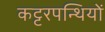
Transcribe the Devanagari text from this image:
कट्टरपन्थियों